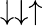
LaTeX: \downarrow\downarrow\uparrow